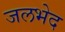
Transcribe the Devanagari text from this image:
जलभेद